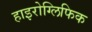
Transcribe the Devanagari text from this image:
हाइरोग्लिफिक